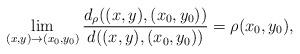
LaTeX: \begin{align*}\lim_{(x,y)\to (x_0,y_0)}\frac{d_\rho((x,y),(x_0,y_0))}{d((x,y),(x_0,y_0))}=\rho(x_0,y_0),\end{align*}